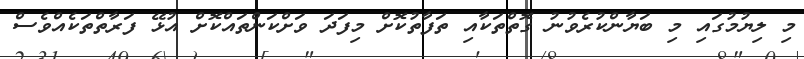
މި ލިޔުމުގައި މި ބަޔާންކުރެވުނު ގޮތްތަކާއި ތަފާތުކޮށް މިފަދަ ވަށްކަންތައްކޮށް އުޅޭ ފަރާތްތަކެއްވެސް